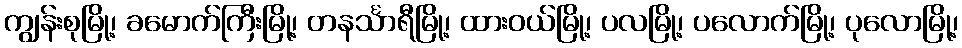
ကျွန်းစုမြို့၊ ခမောက်ကြီးမြို့၊ တနင်္သာရီမြို့၊ ထားဝယ်မြို့၊ ပလမြို့၊ ပလောက်မြို့၊ ပုလောမြို့၊